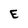
Character: E